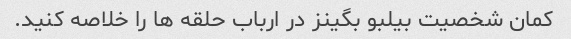
کمان شخصیت بیلبو بگینز در ارباب حلقه ها را خلاصه کنید.